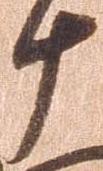
十